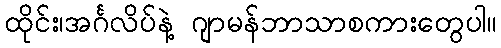
ထိုင်း၊အင်္ဂလိပ်နဲ့ ဂျာမန်ဘာသာစကားတွေပါ။